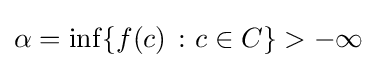
\alpha =\inf\{f(c)\ \colon c\in C\}>-\infty